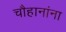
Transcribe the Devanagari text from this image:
चौहानांना